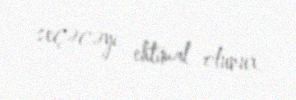
seçəcəyi ehtimal olunur.